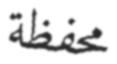
محفظة